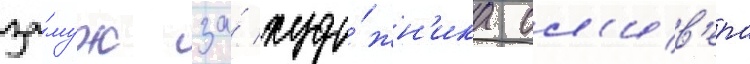
за́муж за́ худо́жн'ика ол'ив'ера